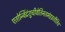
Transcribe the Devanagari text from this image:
एतोन्विंद्रंशुचीवेतिनतमंहइतीतिच